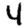
Digit: 4